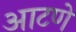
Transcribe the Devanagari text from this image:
आटणे